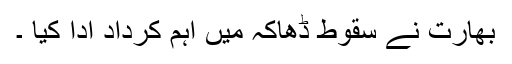
بھارت نے سقوط ڈھاکہ میں اہم کرداد ادا کیا ۔